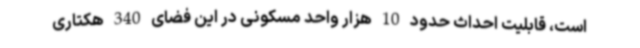
است، قابلیت احداث حدود 10 هزار واحد مسکونی در این فضای 340 هکتاری